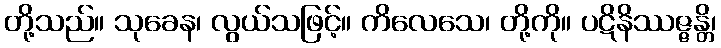
တို့သည်။ သုခေန၊ လွယ်သဖြင့်။ ကိလေသေ၊ တို့ကို။ ပဋိနိဿဇ္ဇန္တိ၊